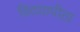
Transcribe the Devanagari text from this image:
विदयापीठा